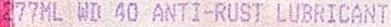
277ML WD 40 ANTI-RUST LUBRICANT